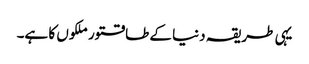
یہی طریقہ دنیا کے طاقتور ملکوں کا ہے۔